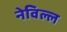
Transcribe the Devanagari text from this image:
नेविल्ल